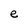
Character: e